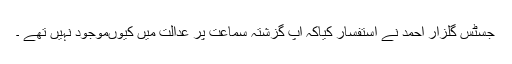
جسٹس گلزار احمد نے استفسار کیاکہ آپ گزشتہ سماعت پر عدالت میں کیوںموجود نہیں تھے ۔